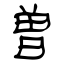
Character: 曽